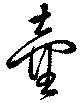
壺